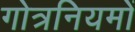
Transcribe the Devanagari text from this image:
गोत्रनियमों